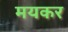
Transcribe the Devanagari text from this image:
मयकर